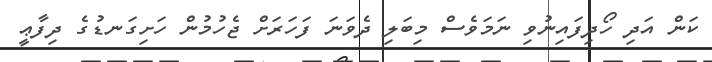
ކަން އަދި ހޯދިފައިނުވި ނަމަވެސް މިބަލި ދެވަނަ ފަހަރަށް ޖެހުމުން ހަށިގަނޑުގެ ދިފާޢީ